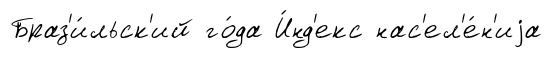
Браз'и́льск'ий го́да И́нд'екс нас'ел'е́н'иjа